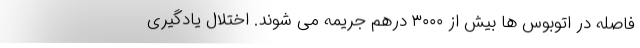
فاصله در اتوبوس ها بیش از ۳۰۰۰ درهم جریمه می شوند. اختلال یادگیری